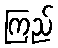
ကြည်